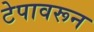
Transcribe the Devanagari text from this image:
टेपावरून